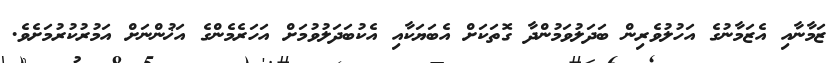
ޒަމާނާއި އެޒަމާނުގެ އަހުލުވެރިން ބަދަލުވަމުންދާ ގޮތަކަށް އެބަޔަކާއި އެކުބަދަލުވުމަށް އަހަރެމެންގެ އަޚުންނަށް އަމުރުކުރުމަށެވެ.